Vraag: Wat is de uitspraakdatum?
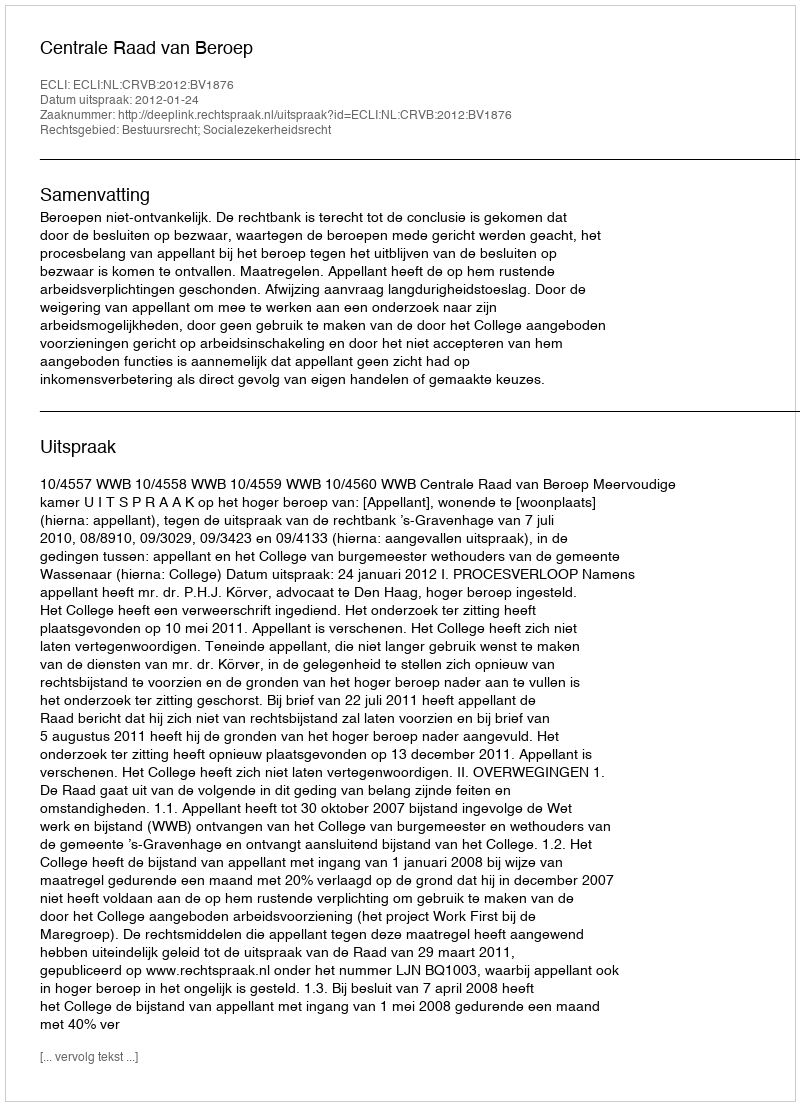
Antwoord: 2012-01-24